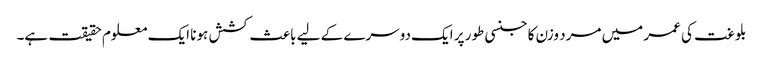
بلوغت کی عمر میں مرد وزن کا جنسی طور پر ایک دوسرے کے لیے باعث کشش ہونا ایک معلوم حقیقت ہے۔